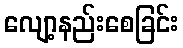
လျော့နည်းစေခြင်း